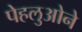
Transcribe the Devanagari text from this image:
पेहलुओने